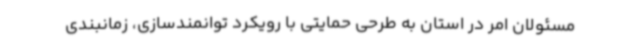
مسئولان امر در استان به طرحی حمایتی با رویکرد توانمندسازی، زمانبندی